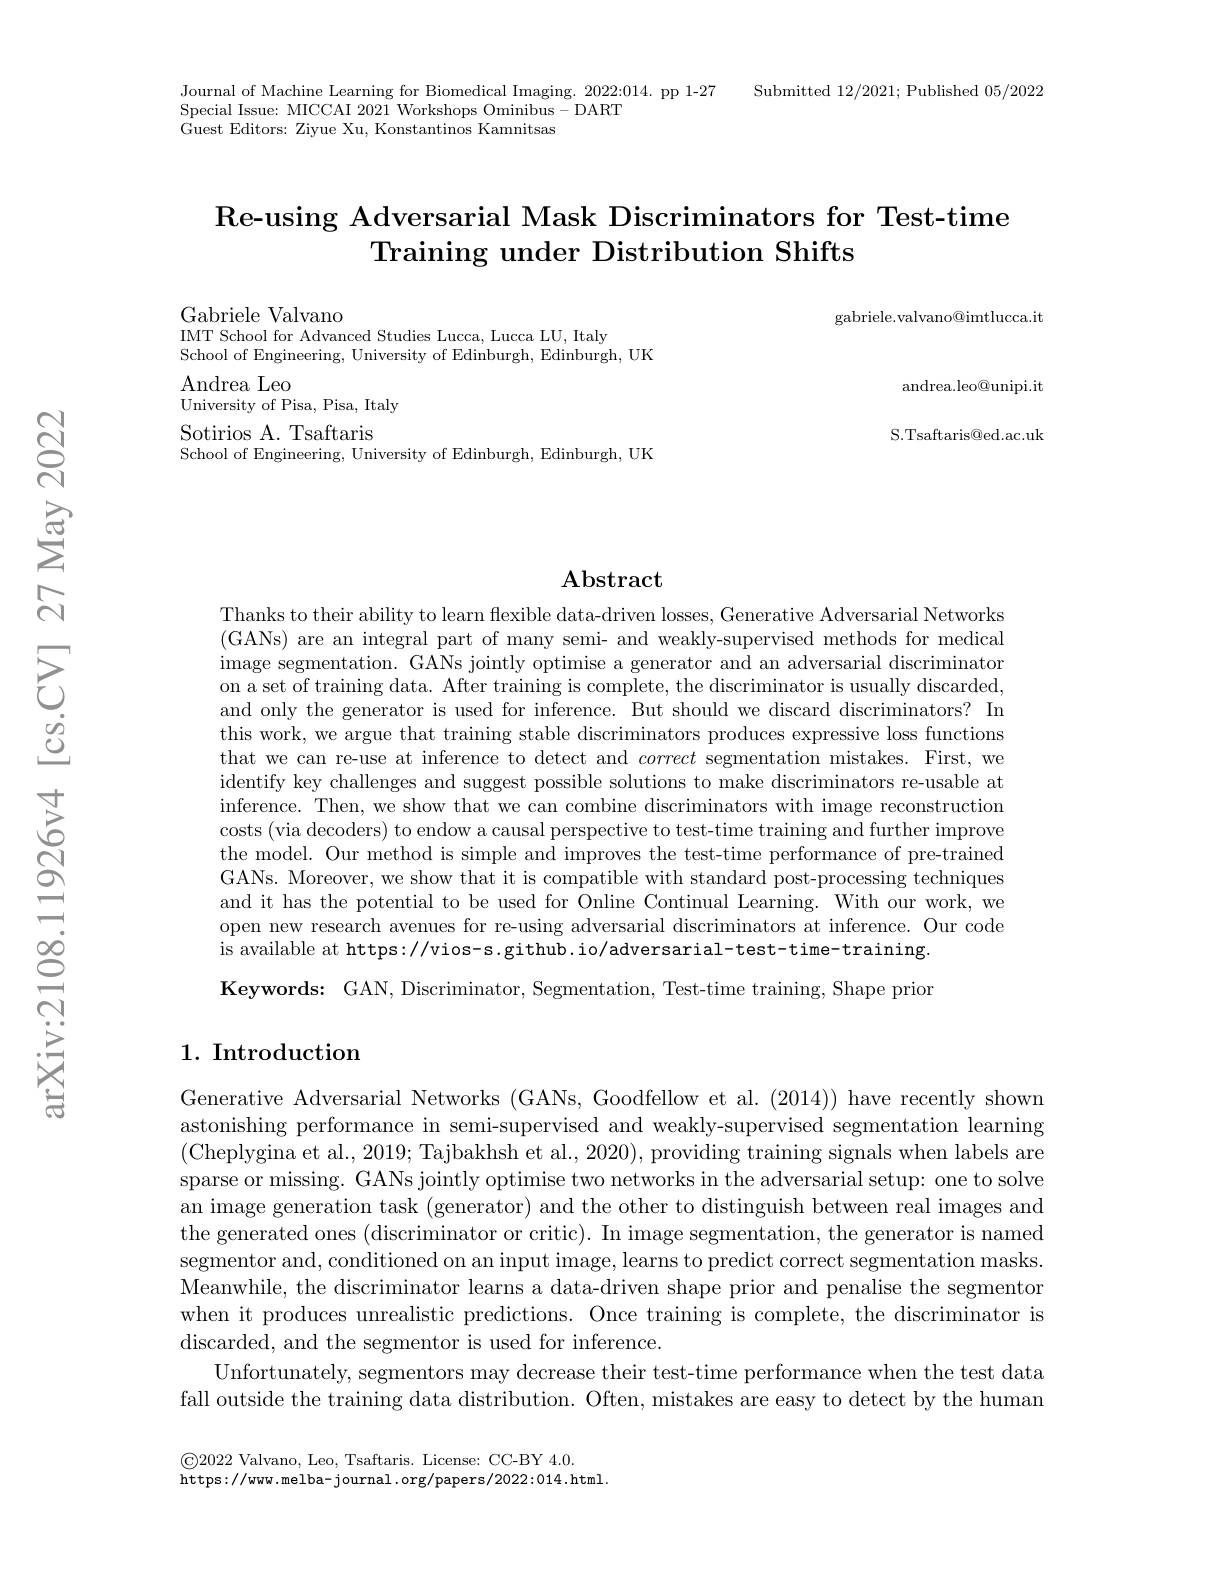
Journal of Machine Learning for Biomedical Imaging. 2022:014. pp 1-27
Special Issue: MICCAI 2021 Workshops Ominibus- DART
Guest Editors: Ziyue Xu, Konstantinos Kamnitsas

Submitted 12/2021; Published 05/2022

### Re- using Adversarial Mask Discriminators for Test- time Training under Distribution Shifts

gabriele.valvano@imtlucca.it

andrea.leo@unipi.it

Gabriele Valvano
IMT School for Advanced Studies Lucca, Lucca LU, Italy
School of Engineering, University of Edinburgh, Edinburgh, UK
Andrea Leo
University of Pisa, Pisa, Italy
Sotirios A. Tsaftaris
School of Engineering, University of Edinburgh, Edinburgh, UK

S.Tsaftaris@ed.ac.uk

## $\mathbf{Abstract}$

Thanks to their ability to learn flexible data-driven losses, Generative Adversarial Networks (GANs) are an integral part of many semi- and weakly-supervised methods for medical image segmentation. GANs jointly optimise a generator and an adversarial discriminator on a set of training data. After training is complete, the discriminator is usually discarded, and only the generator is used for inference. But should we discard discriminators? In this work, we argue that training stable discriminators produces expressive loss functions that we can re-use at inference to detect and correct segmentation mistakes. First, we identify key challenges and suggest possible solutions to make discriminators re-usable at inference. Then, we show that we can combine discriminators with image reconstruction costs (via decoders) to endow a causal perspective to test-time training and further improve the model. Our method is simple and improves the test-time performance of pre-trained GANs. Moreover, we show that it is compatible with standard post-processing techniques and it has the potential to be used for Online Continual Learning. With our work, we open new research avenues for re-using adversarial discriminators at inference. Our code is available at https://vios-s.github.io/adversarial-test-time-training. $\textbf{Keywords: GAN, Discriminator, Segmentation, Test- time training, Shape prior}$

## $1. \textbf{ Introduction}$

Generative Adversarial Networks (GANs, Goodfellow et al. (2014)) have recently shown astonishing performance in semi-supervised and weakly-supervised segmentation learning (Cheplygina et al., 2019; Tajbakhsh et al., 2020), providing training signals when labels are sparse or missing. GANs jointly optimise two networks in the adversarial setup: one to solve an image generation task (generator) and the other to distinguish between real images and the generated ones (discriminator or critic). In image segmentation, the generator is named segmentor and, conditioned on an input image, learns to predict correct segmentation masks. Meanwhile, the discriminator learns a data-driven shape prior and penalise the segmentor when it produces unrealistic predictions. Once training is complete, the discriminator is discarded, and the segmentor is used for inference.
Unfortunately, segmentors may decrease their test-time performance when the test data fall outside the training data distribution. Often, mistakes are easy to detect by the human

$\textcircled{\mathrm{C}}2022$ Valvano, Leo, Tsaftaris. License: CC-BY 4.0.
https://www.melba-journal.org/papers/2022:014.htm].